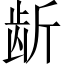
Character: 龂